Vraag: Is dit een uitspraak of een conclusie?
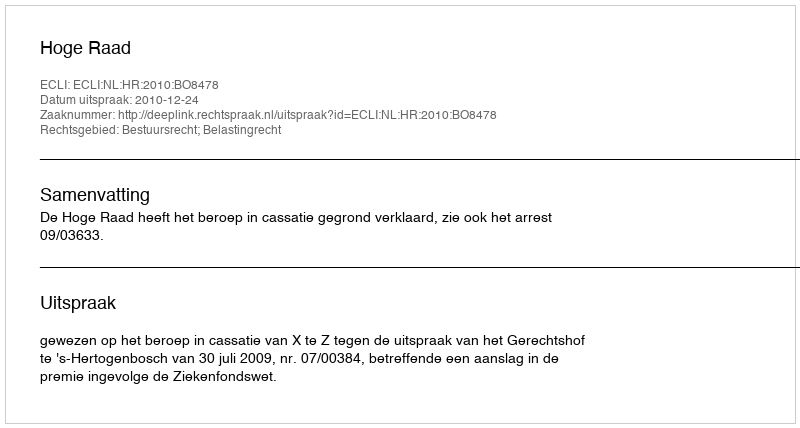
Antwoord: Uitspraak